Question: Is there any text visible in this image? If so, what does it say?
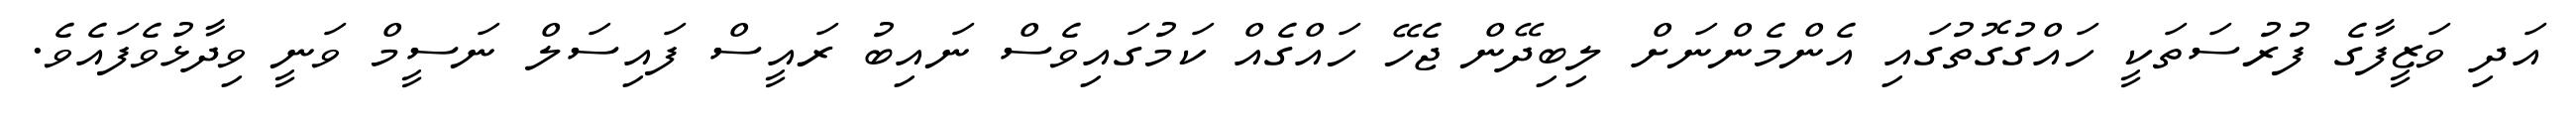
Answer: އަދި ވަޒީފާގެ ފުރުސަތަކީ ހައްގުގޮތުގައި އެންމެންނަށް ލިބިދޭން ޖެހޭ ހައްގެއް ކަމުގައިވެސް ނައިބު ރައީސް ފައިސަލް ނަސީމް ވަނީ ވިދާޅުވެފައެވެ.